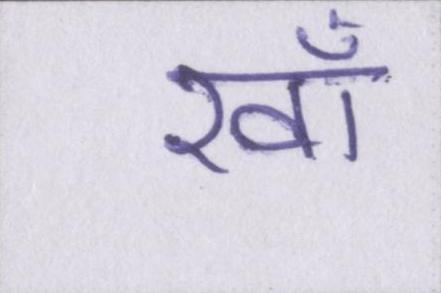
ख़ाँ